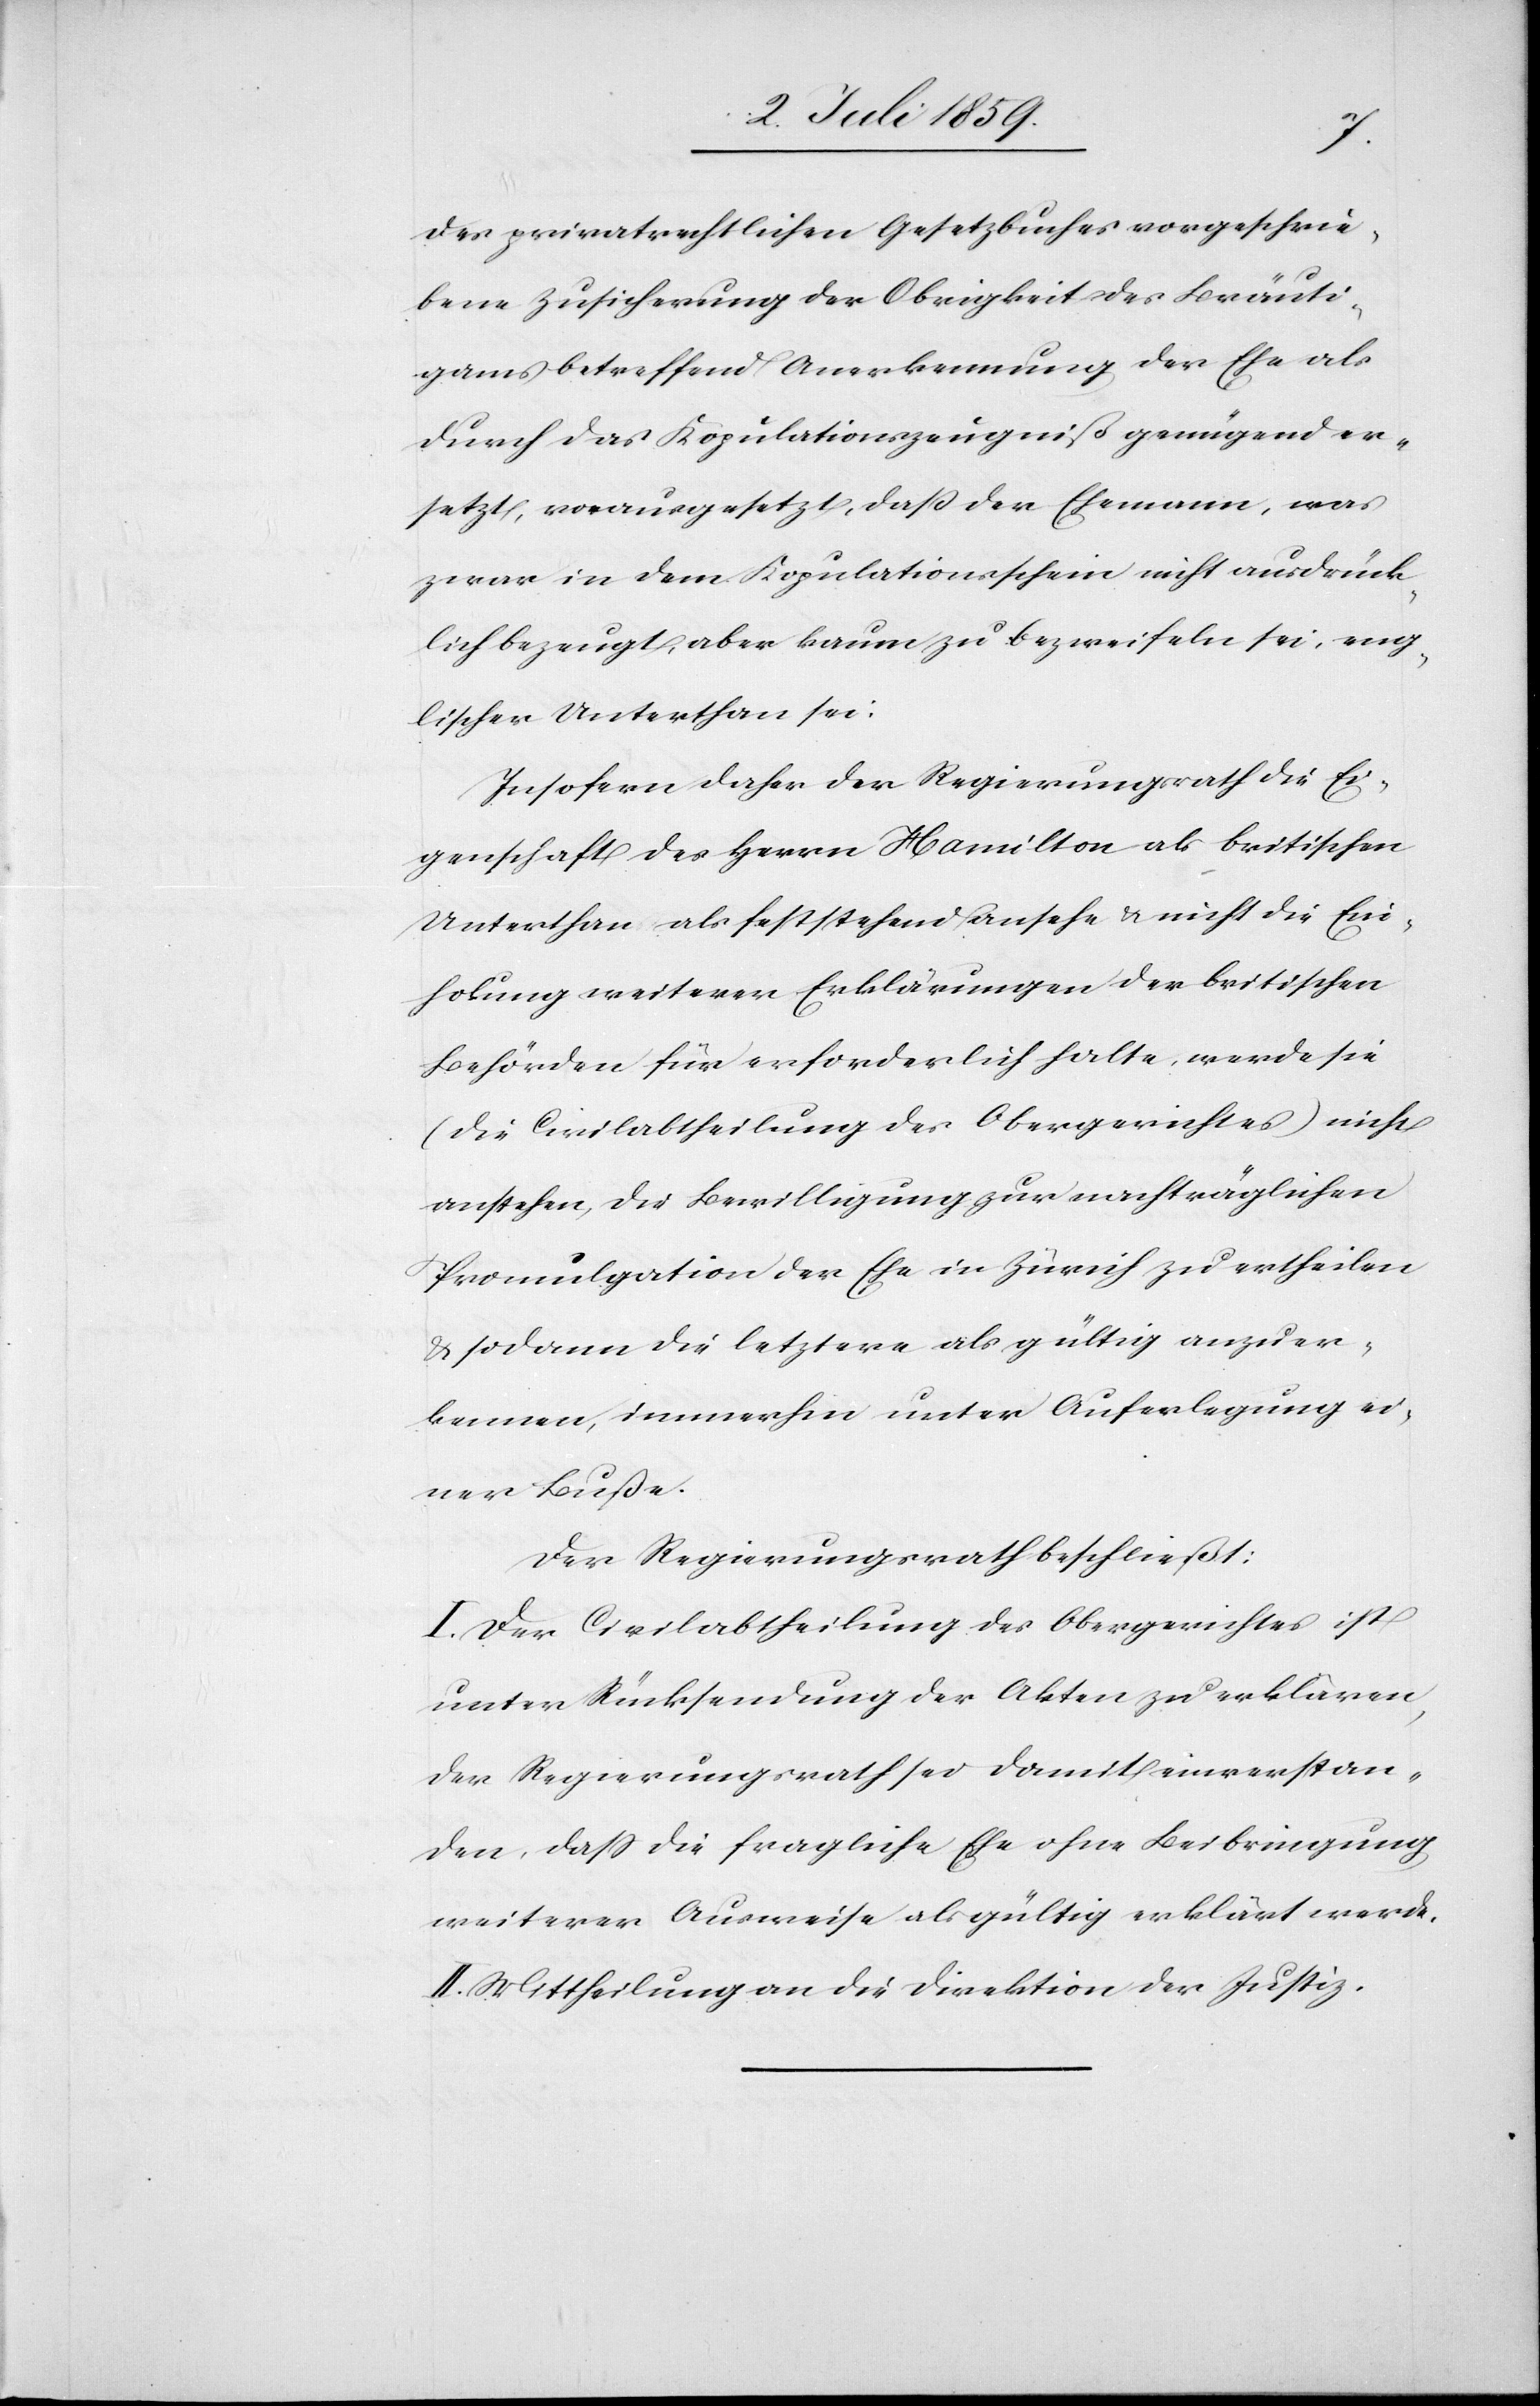
des privatrechtlichen Gesetzbuches vorgeschrie¬
bene Zusicherung der Obrigkeit des Bräuti¬
gams betreffend Anerkennung der Ehe als
durch das Kopulationszeugniß genügend er¬
setzt, vorausgesetzt, dass der Ehemann, was
zwar in dem Kopulationsschein nicht ausdrück¬
lich bezeugt, aber kaum zu bezweifeln sei, eng¬
lischer Unterthan sei.
Insofern daher der Regierungsrath die Ei¬
genschaft des Herrn Hamilton als britischen
Unterthan als feststehend ansehe & nicht die Ein¬
holung weiteren Erklärungen der britischen
Behörden für erforderliche halte, werde sie
(die Civilabtheilung des Obergerichtes) nicht
anstehen, die Bewilligung zur nachträglichen
Promulgation der Ehe in Zürich zu ertheilen
u. sodann die letztere als gültig anzuer¬
kennen, immerhin unter Auferlegung ei¬
ner Buße.
Der Regierungsrath beschließt:
I. Der Civilabtheilung des Obergerichtes ist
unter Rücksendung der Akten zu erklären,
der Regierungsrath sei damit einverstan¬
den, dass die fragliche Ehe ohne Beibringung
weiterer Ausweise als gültig erklärt werde.
II. Mittheilung an die Direktion der Justiz.